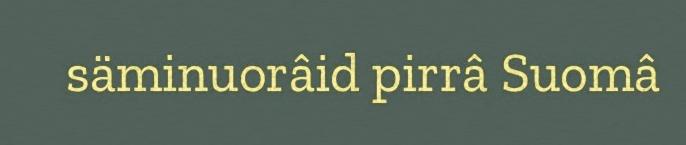
säminuorâid pirrâ Suomâ